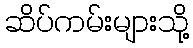
ဆိပ်ကမ်းများသို့